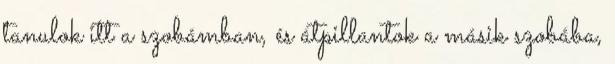
tanulok itt a szobámban, és átpillantok a másik szobába,